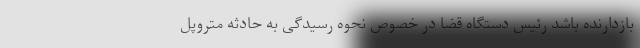
بازدارنده باشد رئیس دستگاه قضا در خصوص نحوه رسیدگی به حادثه متروپل